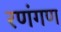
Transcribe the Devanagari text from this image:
रणंगण